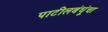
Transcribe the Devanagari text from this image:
पाटीलबंधूंचा